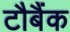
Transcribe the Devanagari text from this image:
टौबैंक